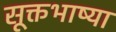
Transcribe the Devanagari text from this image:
सूक्तभाष्या